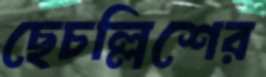
ছেচল্লিশের